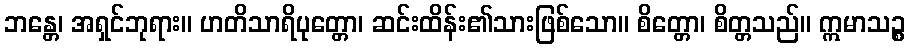
ဘန္တေ၊ အရှင်ဘုရား။ ဟတိသာရိပုတ္တော၊ ဆင်းထိန်း၏သားဖြစ်သော။ စိတ္တော၊ စိတ္တသည်။ ဣမာသဉ္စ